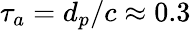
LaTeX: \tau_{a}=d_{p}/c\approx 0.3